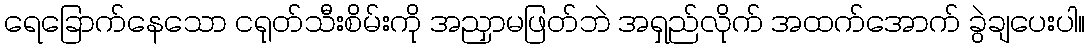
ရေခြောက်နေသော ငရုတ်သီးစိမ်းကို အညှာမဖြတ်ဘဲ အရှည်လိုက် အထက်အောက် ခွဲချပေးပါ။